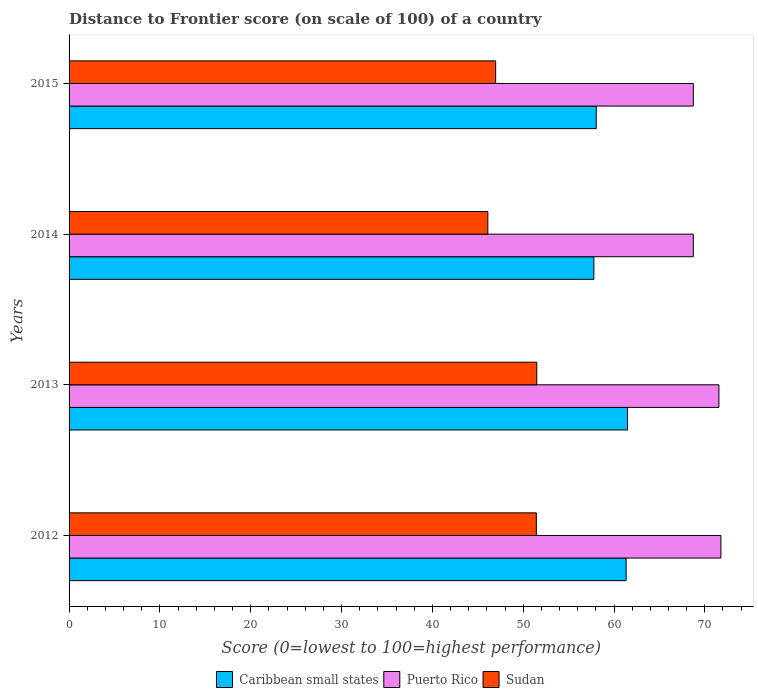
| Years | Caribbean small states | Puerto Rico | Sudan |
 | --- | --- | --- | --- |
 | 2012 | 61.3 | 71.8 | 51.5 |
 | 2013 | 61.5 | 71.5 | 51.5 |
 | 2014 | 57.8 | 68.7 | 46.1 |
 | 2015 | 58 | 68.7 | 47 |